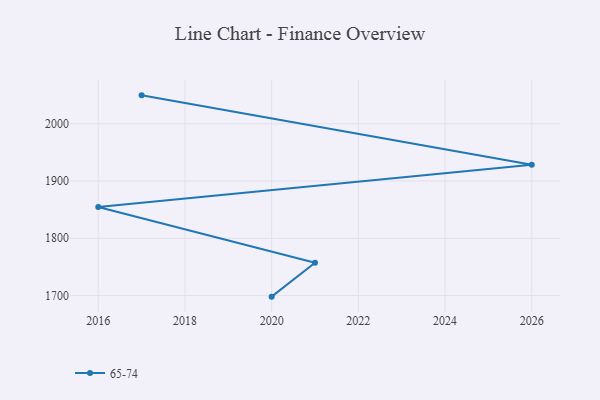
{"axis": {"x": "Year", "y": "Tickets Resolved"}, "legend": ["65-74"], "data": [{"x": "2020", "y": 1698.1, "type": "65-74"}, {"x": "2021", "y": 1757.3, "type": "65-74"}, {"x": "2016", "y": 1854.8, "type": "65-74"}, {"x": "2026", "y": 1928.4, "type": "65-74"}, {"x": "2017", "y": 2049.6, "type": "65-74"}]}